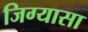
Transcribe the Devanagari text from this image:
जिग्यासा